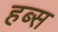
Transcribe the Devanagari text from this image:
हब्स